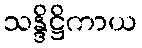
သန္ဒိဋ္ဌိကာယ